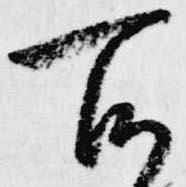
所